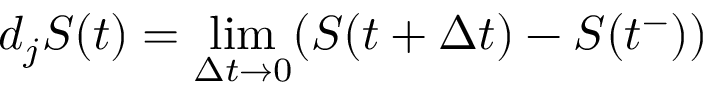
d _ { j } S ( t ) = \operatorname* { l i m } _ { \Delta t \to 0 } ( S ( t + \Delta t ) - S ( t ^ { - } ) )